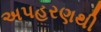
અપહરણથી